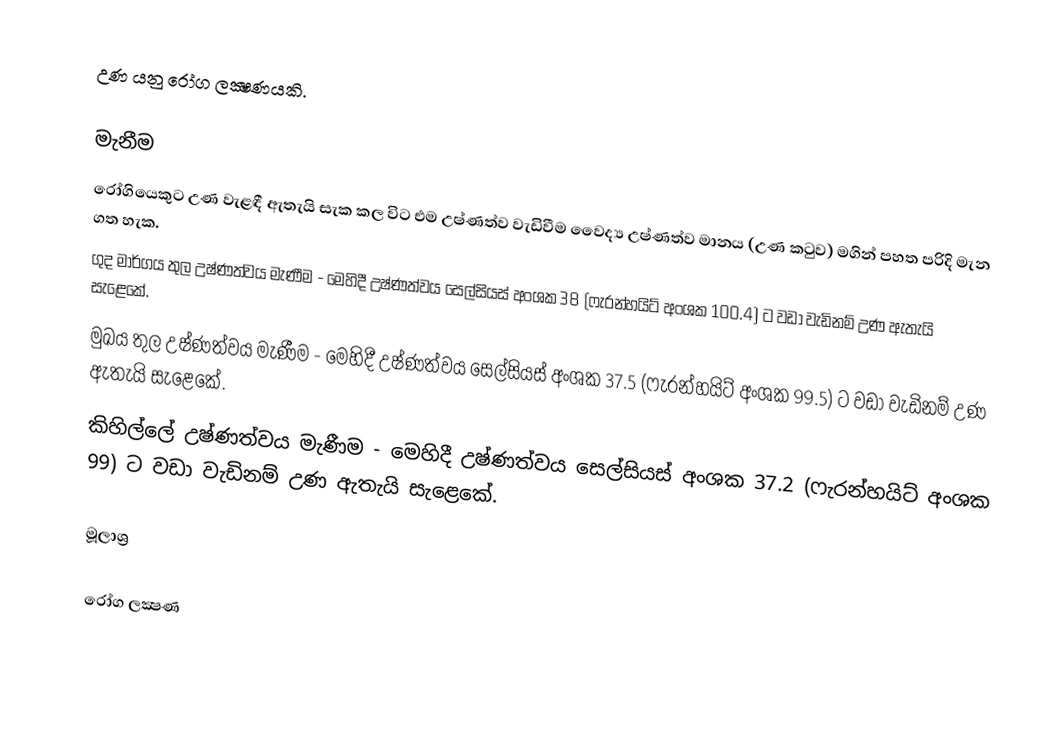
උණ යනු රෝග ලක්‍ෂණයකි.

මැනීම
රෝගියෙකුට උණ වැළඳී ඇතැයි සැක කල විට එම උෂ්ණත්ව වැඩිවීම  වෛද්‍ය උෂ්ණත්ව මානය (උණ කටුව) මගින් පහත පරිදි මැන ගත හැක.
 ගුද මාර්ගය තුල උෂ්ණත්වය මැණීම - මෙහිදී උෂ්ණත්වය සෙල්සියස් අංශක 38 (ෆැරන්හයිට් අංශක 100.4)  ට වඩා වැඩිනම් උණ ඇතැයි සැළෙකේ.
 මුඛය තුල උෂ්ණත්වය මැණීම - මෙහිදී උෂ්ණත්වය සෙල්සියස් අංශක 37.5  (ෆැරන්හයිට් අංශක 99.5)  ට වඩා වැඩිනම් උණ ඇතැයි සැළෙකේ.
 කිහිල්ලේ උෂ්ණත්වය මැණීම - මෙහිදී උෂ්ණත්වය සෙල්සියස් අංශක 37.2  (ෆැරන්හයිට් අංශක 99)  ට වඩා වැඩිනම් උණ ඇතැයි සැළෙකේ.

මූලාශ්‍ර

රෝග ලක්‍ෂණ